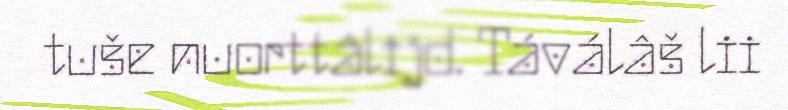
tuše nuorttâlijd. Táválâš lii